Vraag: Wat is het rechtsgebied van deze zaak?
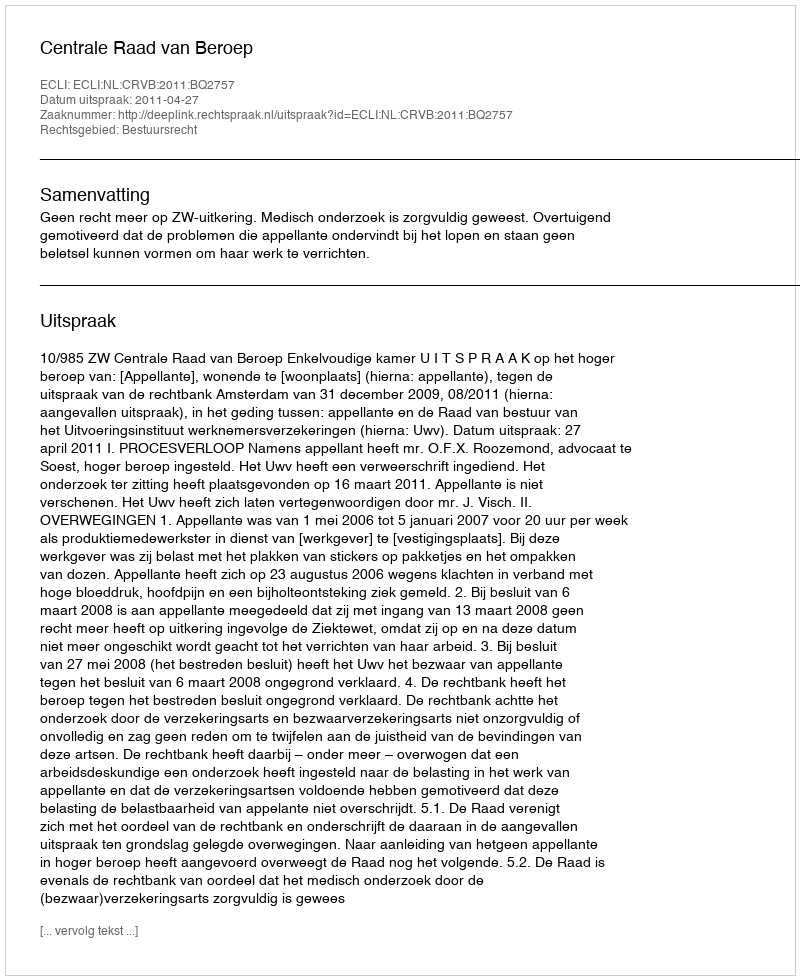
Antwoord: Bestuursrecht